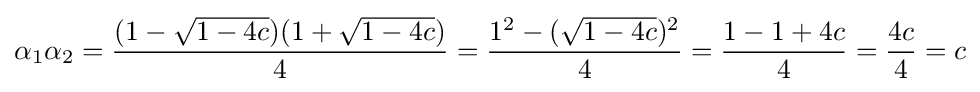
\alpha _{1}\alpha _{2}={\frac {(1-{\sqrt {1-4c}})(1+{\sqrt {1-4c}})}{4}}={\frac {1^{2}-({\sqrt {1-4c}})^{2}}{4}}={\frac {1-1+4c}{4}}={\frac {4c}{4}}=c